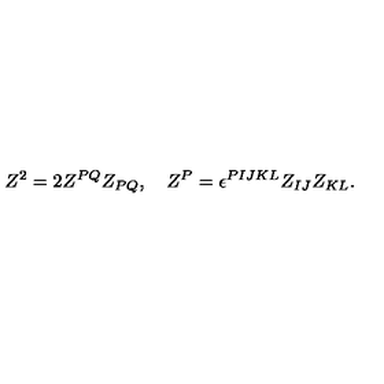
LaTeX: Z ^ { 2 } = 2 Z ^ { P Q } Z _ { P Q } , \quad Z ^ { P } = \epsilon ^ { P I J K L } Z _ { I J } Z _ { K L } .